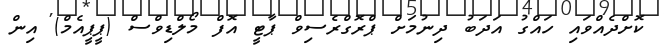
ކޮށްދެއްވައި ހައްގު އަދަބު ދިނުމަށް ޕްރޮގްރެސިވް ޕާޓީ އޮފް މޯލްޑިވްސް (ޕީޕީއެމް) އިން